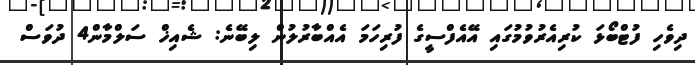
ދިވެހި ފުޓްބޯޅަ ކުރިއެރުވުމުގައި އޭއެފްސީގެ ފުރިހަމަ އެއްބާރުލުން ލިބޭނެ: ޝެއިޚް ސަލްމާން4 ދުވަސް